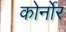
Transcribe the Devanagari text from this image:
कोर्नोर